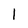
Character: 1